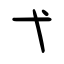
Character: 弋